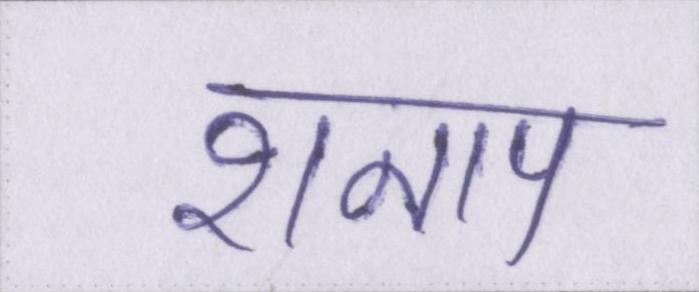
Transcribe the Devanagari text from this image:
शनाप